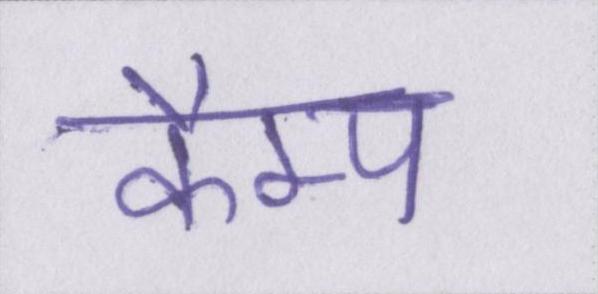
कैम्प